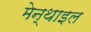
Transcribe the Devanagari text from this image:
मेन्थाइल